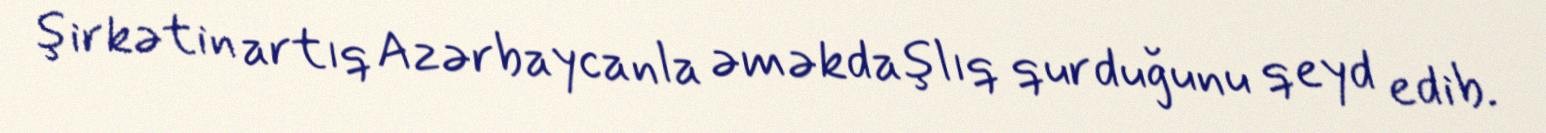
şirkətin artıq Azərbaycanla əməkdaşlıq qurduğunu qeyd edib.